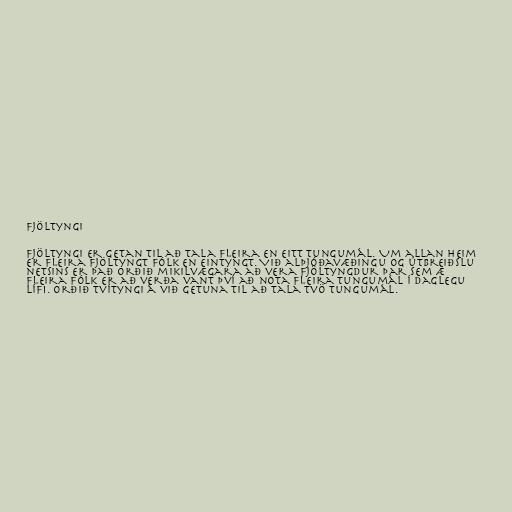
Fjöltyngi

Fjöltyngi er getan til að tala fleira en eitt tungumál. Um allan heim
er fleira fjöltyngt fólk en eintyngt. Við alþjóðavæðingu og útbreiðslu
netsins er það orðið mikilvægara að vera fjöltyngdur þar sem æ
fleira fólk er að verða vant því að nota fleira tungumál í daglegu
lífi. Orðið tvítyngi á við getuna til að tala tvö tungumál.